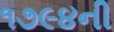
૧૭૯૪ની